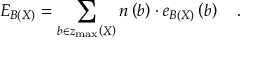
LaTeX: E _ { { \cal B } \left( X \right) } = \sum _ { b \in z _ { \operatorname * { m a x } } \left( X \right) } n \left( b \right) \cdot e _ { { \cal B } \left( X \right) } \left( b \right) \quad .